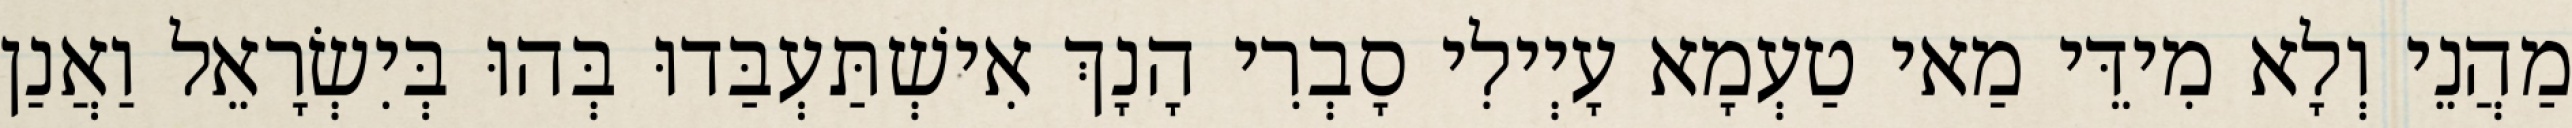
מַהֲנֵי וְלָא מִידֵּי מַאי טַעְמָא עָיְילִי סָבְרִי הָנָךְ אִישְׁתַּעְבַּדוּ בְּהוּ בְּיִשְׂרָאֵל וַאֲנַן